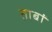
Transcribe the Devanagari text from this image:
ताबां